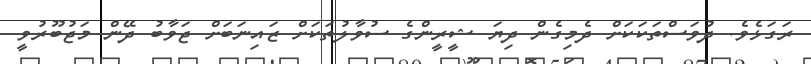
ރަގަޅެވެ. ދުވަސްތަކަކަށް ދެމިގެން ދިޔަ ޝީރީންގެ ސުވާލުތަކަށް ޒައިނަބަށް ޖަވާބު ދޭން މަޖުބޫރުވީ